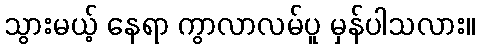
သွားမယ့် နေရာ ကွာလာလမ်ပူ မှန်ပါသလား။